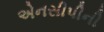
એનસીપીની